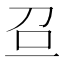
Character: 𠯉